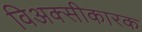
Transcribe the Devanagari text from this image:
विअक्सीकारक